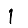
Digit: 1